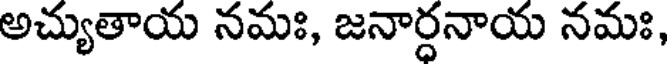
అచ్యుతాయ నమః, జనార్ధనాయ నమః,